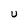
Character: U